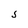
Character: S